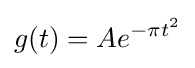
g(t)=Ae^{-\pi t^{2}}